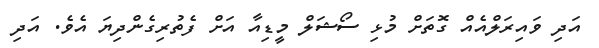
އަދި ވައިރަލްއެއް ގޮތަށް މުޅި ސޯޝަލް މީޑިއާ އަށް ފެތުރިގެންދިޔަ އެވެ. އަދި